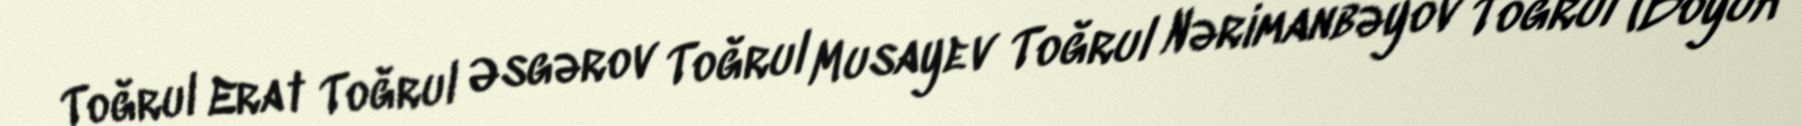
Toğrul Erat Toğrul Əsgərov Toğrul Musayev Toğrul Nərimanbəyov Toğrul (Böyük